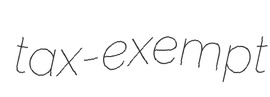
tax-exempt